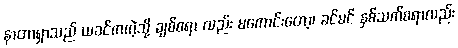
နာတာရှာသည် ယခင်ကကဲ့သို့ ချစ်စရာ လည်း မကောင်းတော့၊ ခင်မင် နှစ်သက်စရာလည်း